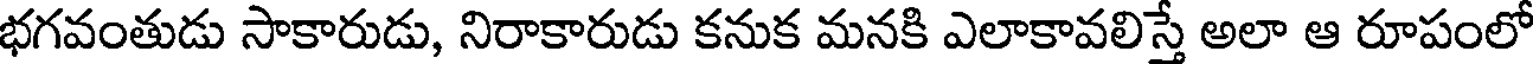
భగవంతుడు సాకారుడు, నిరాకారుడు కనుక మనకి ఎలాకావలిస్తే అలా ఆ రూపంలో